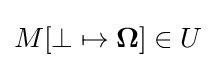
M[\bot \mapsto \mathbf {\Omega } ]\in U